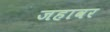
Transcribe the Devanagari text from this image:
जहावर